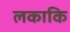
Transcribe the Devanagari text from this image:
लकाकि